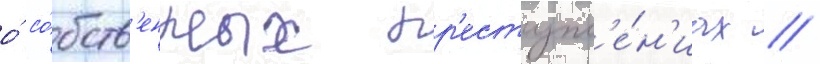
о́ со́бств'енных пр'еступл'е́н'иах //